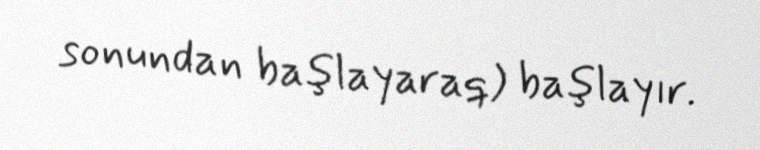
sonundan başlayaraq) başlayır.